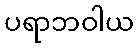
ပရာဘဝါယ